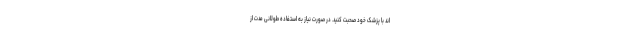
اند با پزشک خود صحبت کنید. در صورت نیاز به استفاده طولانی مدت از